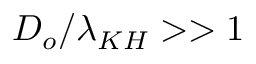
D _ { o } / \lambda _ { K H } > > 1